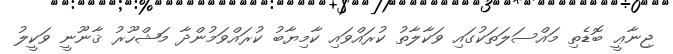
ޖިނާޢީ ބޮޑެތި މައްސަލަތަކުގައި ވަކާލާތު ކުރައްވައި ކާމިޔާބު ކުރައްވަމުންދާ މަޝްހޫރު ޤާނޫނީ ވަކީލު